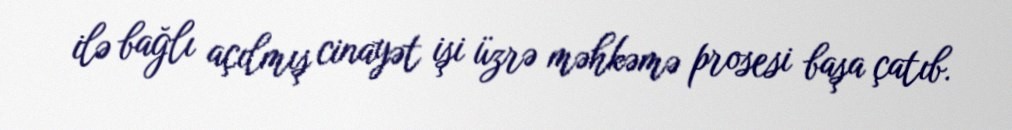
ilə bağlı açılmış cinayət işi üzrə məhkəmə prosesi başa çatıb.